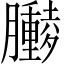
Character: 𫇁